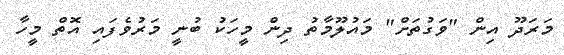
މަރަދޫ އިން "ވަގުތަށް" މައުލޫމާތު ދިން މީހަކު ބުނީ މަަރުވެފައި އޮތް މީހާ